Civil Veterinary Department ledger series I-VI
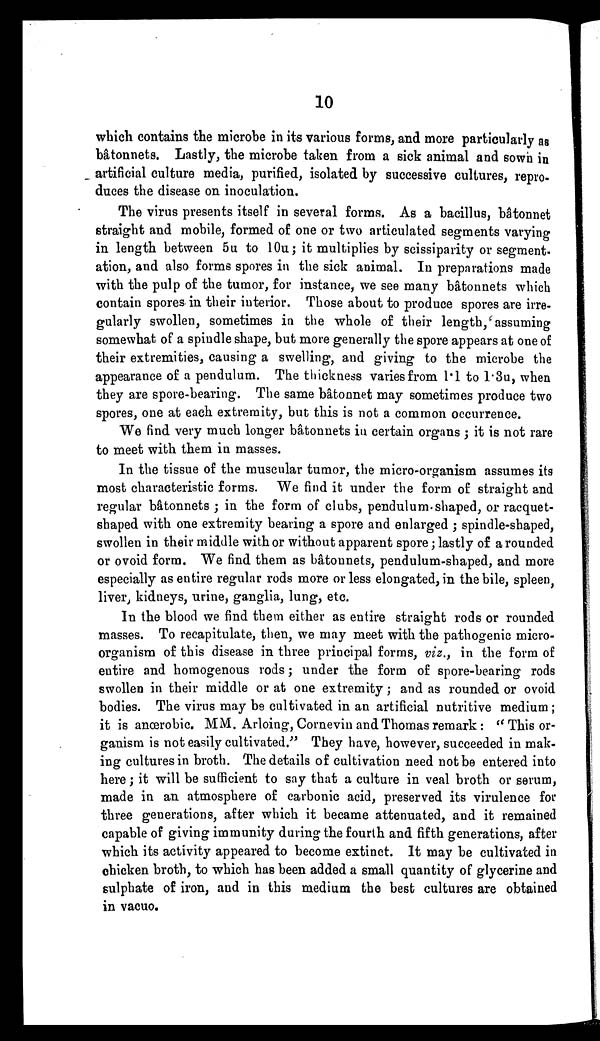
10
which contains the microbe in its various forms, and more particularly as
bâtonnets. Lastly, the microbe taken from a sick animal and sown in
artificial culture media, purified, isolated by successive cultures, repro-
duces the disease on inoculation.
The virus presents itself in several forms. As a bacillus, bâtonnet
straight and mobile, formed of one or two articulated segments varying
in length between 5u to 10u ; it multiplies by scissiparity or segment-
ation, and also forms spores in the sick animal. In preparations made
with the pulp of the tumor, for instance, we see many bâtonnets which
contain spores in their interior. Those about to produce spores are irre-
gularly swollen, sometimes in the whole of their length, assuming
somewhat of a spindle shape, but more generally the spore appears at one of
their extremities, causing a swelling, and giving to the microbe the
appearance of a pendulum. The thickness varies from 1.1 to 1.3u, when
they are spore-bearing. The same bâtonnet may sometimes produce two
spores, one at each extremity, but this is not a common occurrence.
We find very much longer bâtonnets in certain organs; it is not rare
to meet with them in masses.
In the tissue of the muscular tumor, the micro-organism assumes its
most characteristic forms. We find it under the form of straight and
regular bâtonnets ; in the form of clubs, pendulum-shaped, or racquet-
shaped with one extremity bearing a spore and enlarged; spindle-shaped,
swollen in their middle with or without apparent spore; lastly of a rounded
or ovoid form. We find them as bâtonnets, pendulum-shaped, and more
especially as entire regular rods more or less elongated, in the bile, spleen,
liver, kidneys, urine, ganglia, lung, etc.
In the blood we find them either as entire straight rods or rounded
masses. To recapitulate, then, we may meet with the pathogenic micro-
organism of this disease in three principal forms, viz., in the form of
entire and homogenous rods; under the form of spore-bearing rods
swollen in their middle or at one extremity; and as rounded or ovoid
bodies. The virus may be cultivated in an artificial nutritive medium;
it is anœrobic. MM. Arloing, Cornevin and Thomas remark: " This or-
ganism is not easily cultivated." They have, however, succeeded in mak-
ing cultures in broth. The details of cultivation need not be entered into
here; it will be sufficient to say that a culture in veal broth or serum,
made in an atmosphere of carbonic acid, preserved its virulence for
three generations, after which it became attenuated, and it remained
capable of giving immunity during the fourth and fifth generations, after
which its activity appeared to become extinct. It may be cultivated in
chicken broth, to which has been added a small quantity of glycerine and
sulphate of iron, and in this medium the best cultures are obtained
in vacuo.